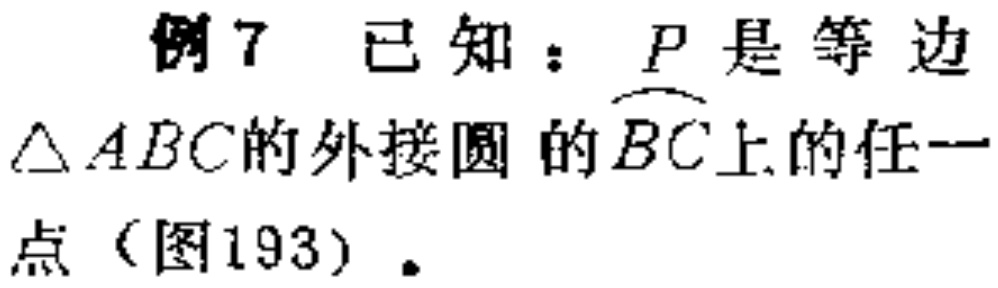
例7 已知：\(P\)是等边\(\triangle ABC\)的外接圆的\(\overset{\frown}{BC}\)上的任一点（图193）.